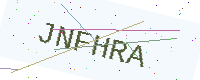
Text: JNFHRA